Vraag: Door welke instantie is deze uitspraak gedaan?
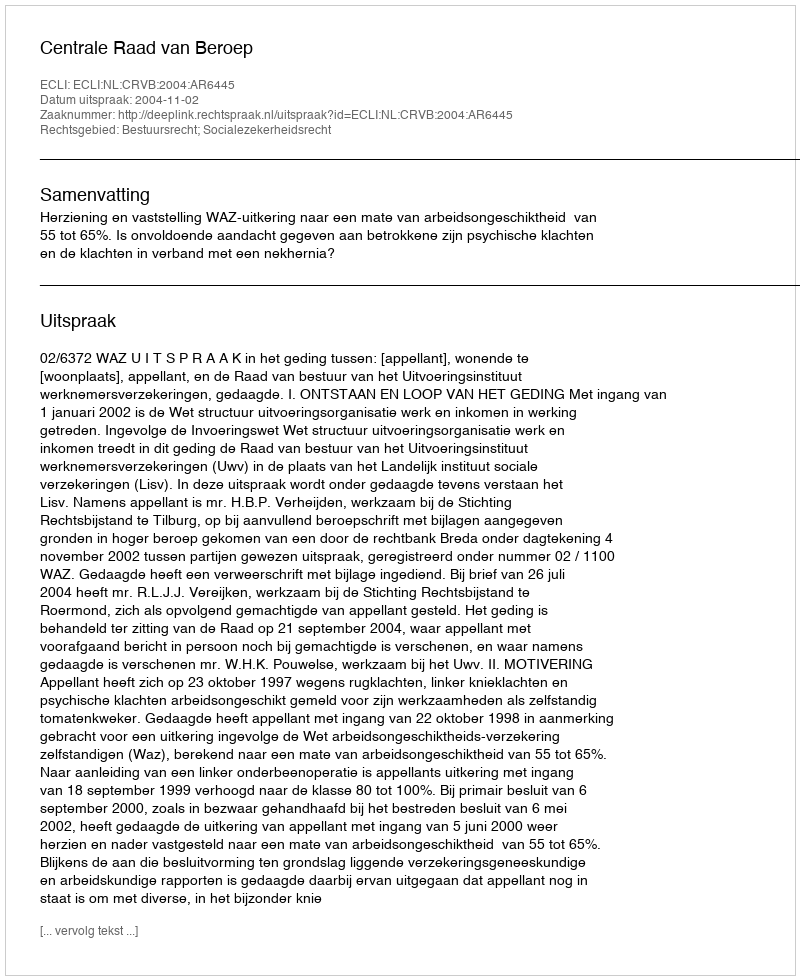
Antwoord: Centrale Raad van Beroep